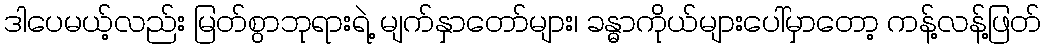
ဒါပေမယ့်လည်း မြတ်စွာဘုရားရဲ့ မျက်နှာတော်များ၊ ခန္ဓာကိုယ်များပေါ်မှာတော့ ကန့်လန့်ဖြတ်